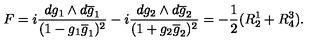
F = i \frac { d g _ { 1 } \wedge d \overline { { g } } _ { 1 } } { ( 1 - g _ { 1 } \overline { { g } } _ { 1 } ) ^ { 2 } } - i \frac { d g _ { 2 } \wedge d \overline { { g } } _ { 2 } } { ( 1 + g _ { 2 } \overline { { g } } _ { 2 } ) ^ { 2 } } = - \frac { 1 } { 2 } ( R _ { 2 } ^ { 1 } + R _ { 4 } ^ { 3 } ) .